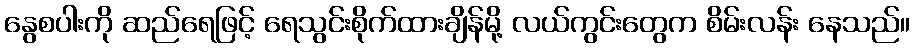
နွေစပါးကို ဆည်ရေဖြင့် ရေသွင်းစိုက်ထားချိန်မို့ လယ်ကွင်းတွေက စိမ်းလန်း နေသည်။